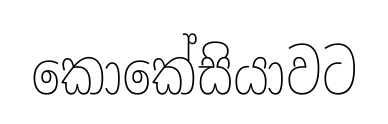
කොකේසියාවට